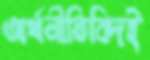
অর্থনীতিবিদই